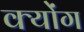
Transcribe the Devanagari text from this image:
क्योंग